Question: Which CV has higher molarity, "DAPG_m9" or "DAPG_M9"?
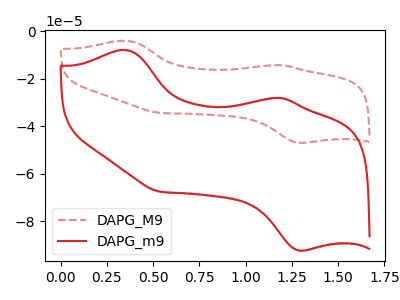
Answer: <think>The red dashed curve "DAPG_M9" has anodic peaks at (0.35V, -4.00uA) (1.20V, -14.25uA) and cathodic peaks at (1.30V, -46.90uA) (0.55V, -34.30uA). The red curve "DAPG_m9" has anodic peaks at (0.35V, -7.90uA) (1.20V, -28.05uA) and cathodic peaks at (1.30V, -92.20uA) (0.55V, -67.45uA).
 All the peaks in "DAPG_m9" have a peak in "DAPG_M9" at the same potential.</think>
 <answer>I cant tell if "DAPG_m9" or "DAPG_M9" has higher concentration.</answer>
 <eval>mixed_concentration</eval>